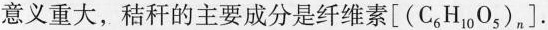
意义重大，秸秆的主要成分是纤维素[(C_{6}H_{10}O_{5})_{n}].